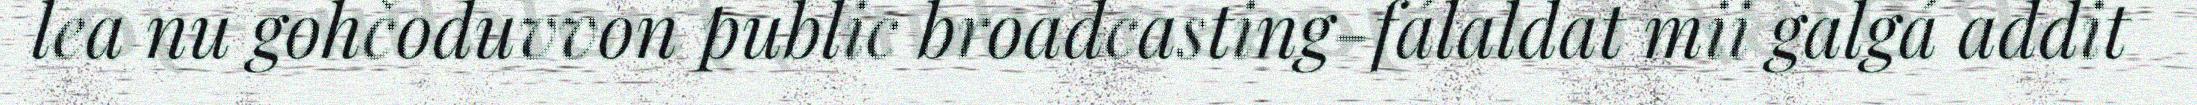
lea nu gohčoduvvon public broadcasting-fálaldat mii galgá addit